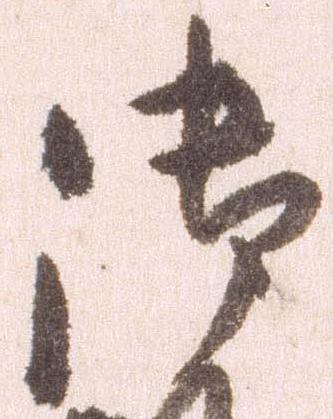
御